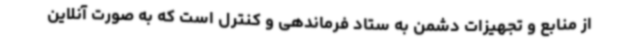
از منابع و تجهیزات دشمن به ستاد فرماندهی و کنترل است که به صورت آنلاین